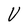
Character: V